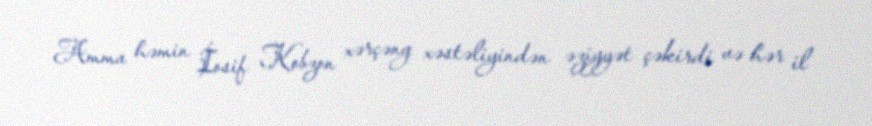
Amma həmin İosif Kobzon xərçəng xəstəliyindən əziyyət çəkirdi və hər il